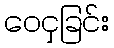
ဝေငှခြင်း